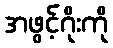
အဖွင့်ဂိုးကို